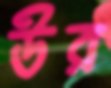
উর